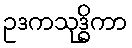
ဥဒကသုဒ္ဓိကာ